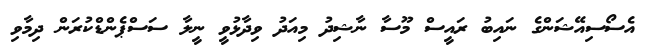
އެސޯސިއޭޝަންގެ ނައިބު ރައީސް މޫސާ ނާޝިދު މިއަދު ވިދާޅުވީ ނީލާ ސަސްޕެންޑްކުރަން ދިމާވި